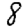
Digit: 8